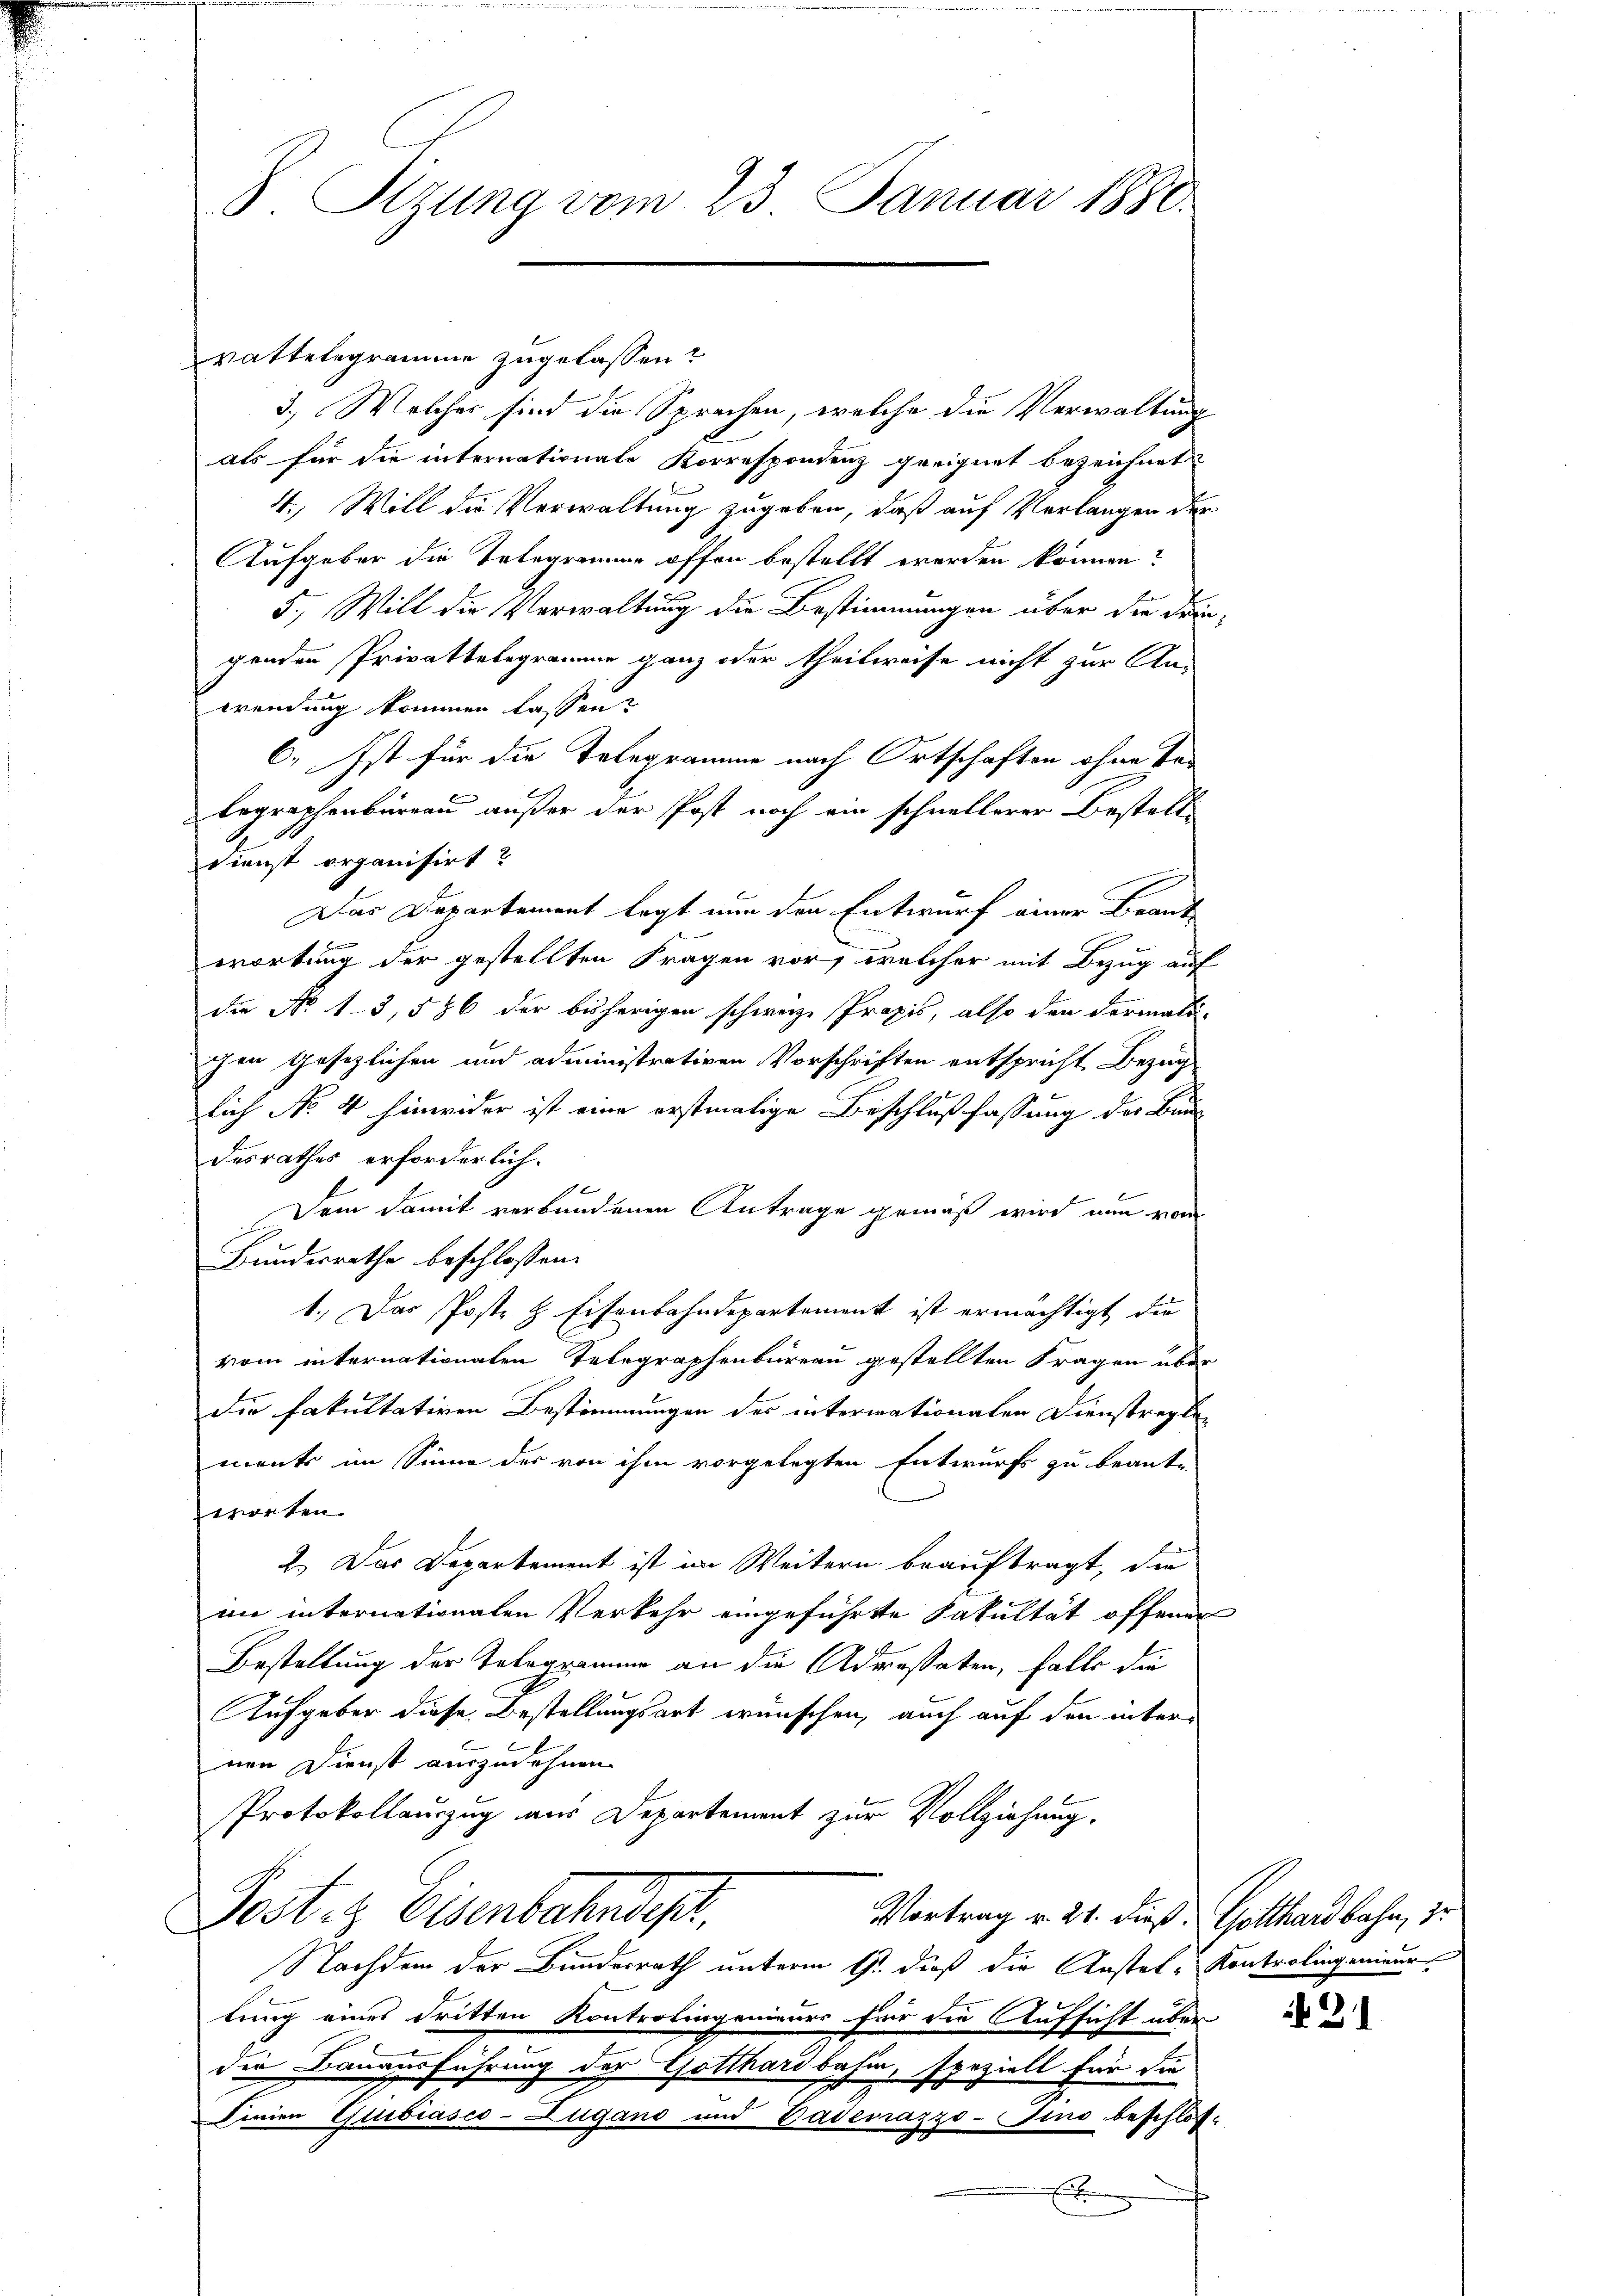
vattelegramme zugelassen?
3.) Welcher sind die Sprachen, welche die Verwaltung
als für die internationale Korrespondenz geeignet bezeichnet
4., Will die Verwaltung zugeben, daß auf Verlangen der
Aufgeber die Telegramme offen bestellt werden können?
5., Will die Verwaltung die Bestimmungen über die Frie-
genden Privattelegramme ganz oder theilweise nicht zur Ans
wendung kommen lassen?
6. Ist für die Telegramme nach Ortschaften ohne Se-
legraphenbureau außer der Post noch ein schnellerer Bestell-
Dienst organisirt?
Das Departement legt nun den Entwurf einer Beant-
wortung der gestellten Fragen vor, welcher mit Bezug auf
die No 1-3, 586 der bisherigen schweiz. Praxis, also den dermali-
ichen Gesetzlichen und administrativen Vorschriften entspricht Bezug
lich No 4 hinwider ist eine erstmalige Beschlußfassung der Bau
desrathes erforderlich.
1
Dem damit verbundenen Antrage gemäß wird nun vom
Bundesrathe beschlossen:
1.) Das Poste & Eisenbahndepartement ist ermächtigt die
vom internationalen Telegraphenbureau gestellten Fragen über
die fakultativen Bestimmungen des intermationalen Dienstregle-
ments im Sinne der von ihm vorgelegten Entwurfs zu beante
worten.
2.) Das Departement ist im Weitern beauftragt, die
im internationalen Verkehr eingeführte Fakultät offener
Bestaltung der Telegramme an die Adressaten, falls die
Aufgeber diese Bestellungsart wünschen, auch auf den internen Dienst auszudehnen.
Protokollauszug aus Departement zur Vollziehung.
Postitz Eisenbahndept.
Vortrag v. 21. dieß Gotthardbahn, zu
Nachdem der Bundesrath unterm 9. dieß die Kostel-Kontrolingenieur
tung eines dritten Kontrolingenieurs für die Aufsicht über
die Bauausführung der Gotthardbahn, speziell für die
Serien Guibiasco-Zugano und Badenazzo-Sino beschlos¬
E

S. Sizung vom 23. Januar 1880.

31